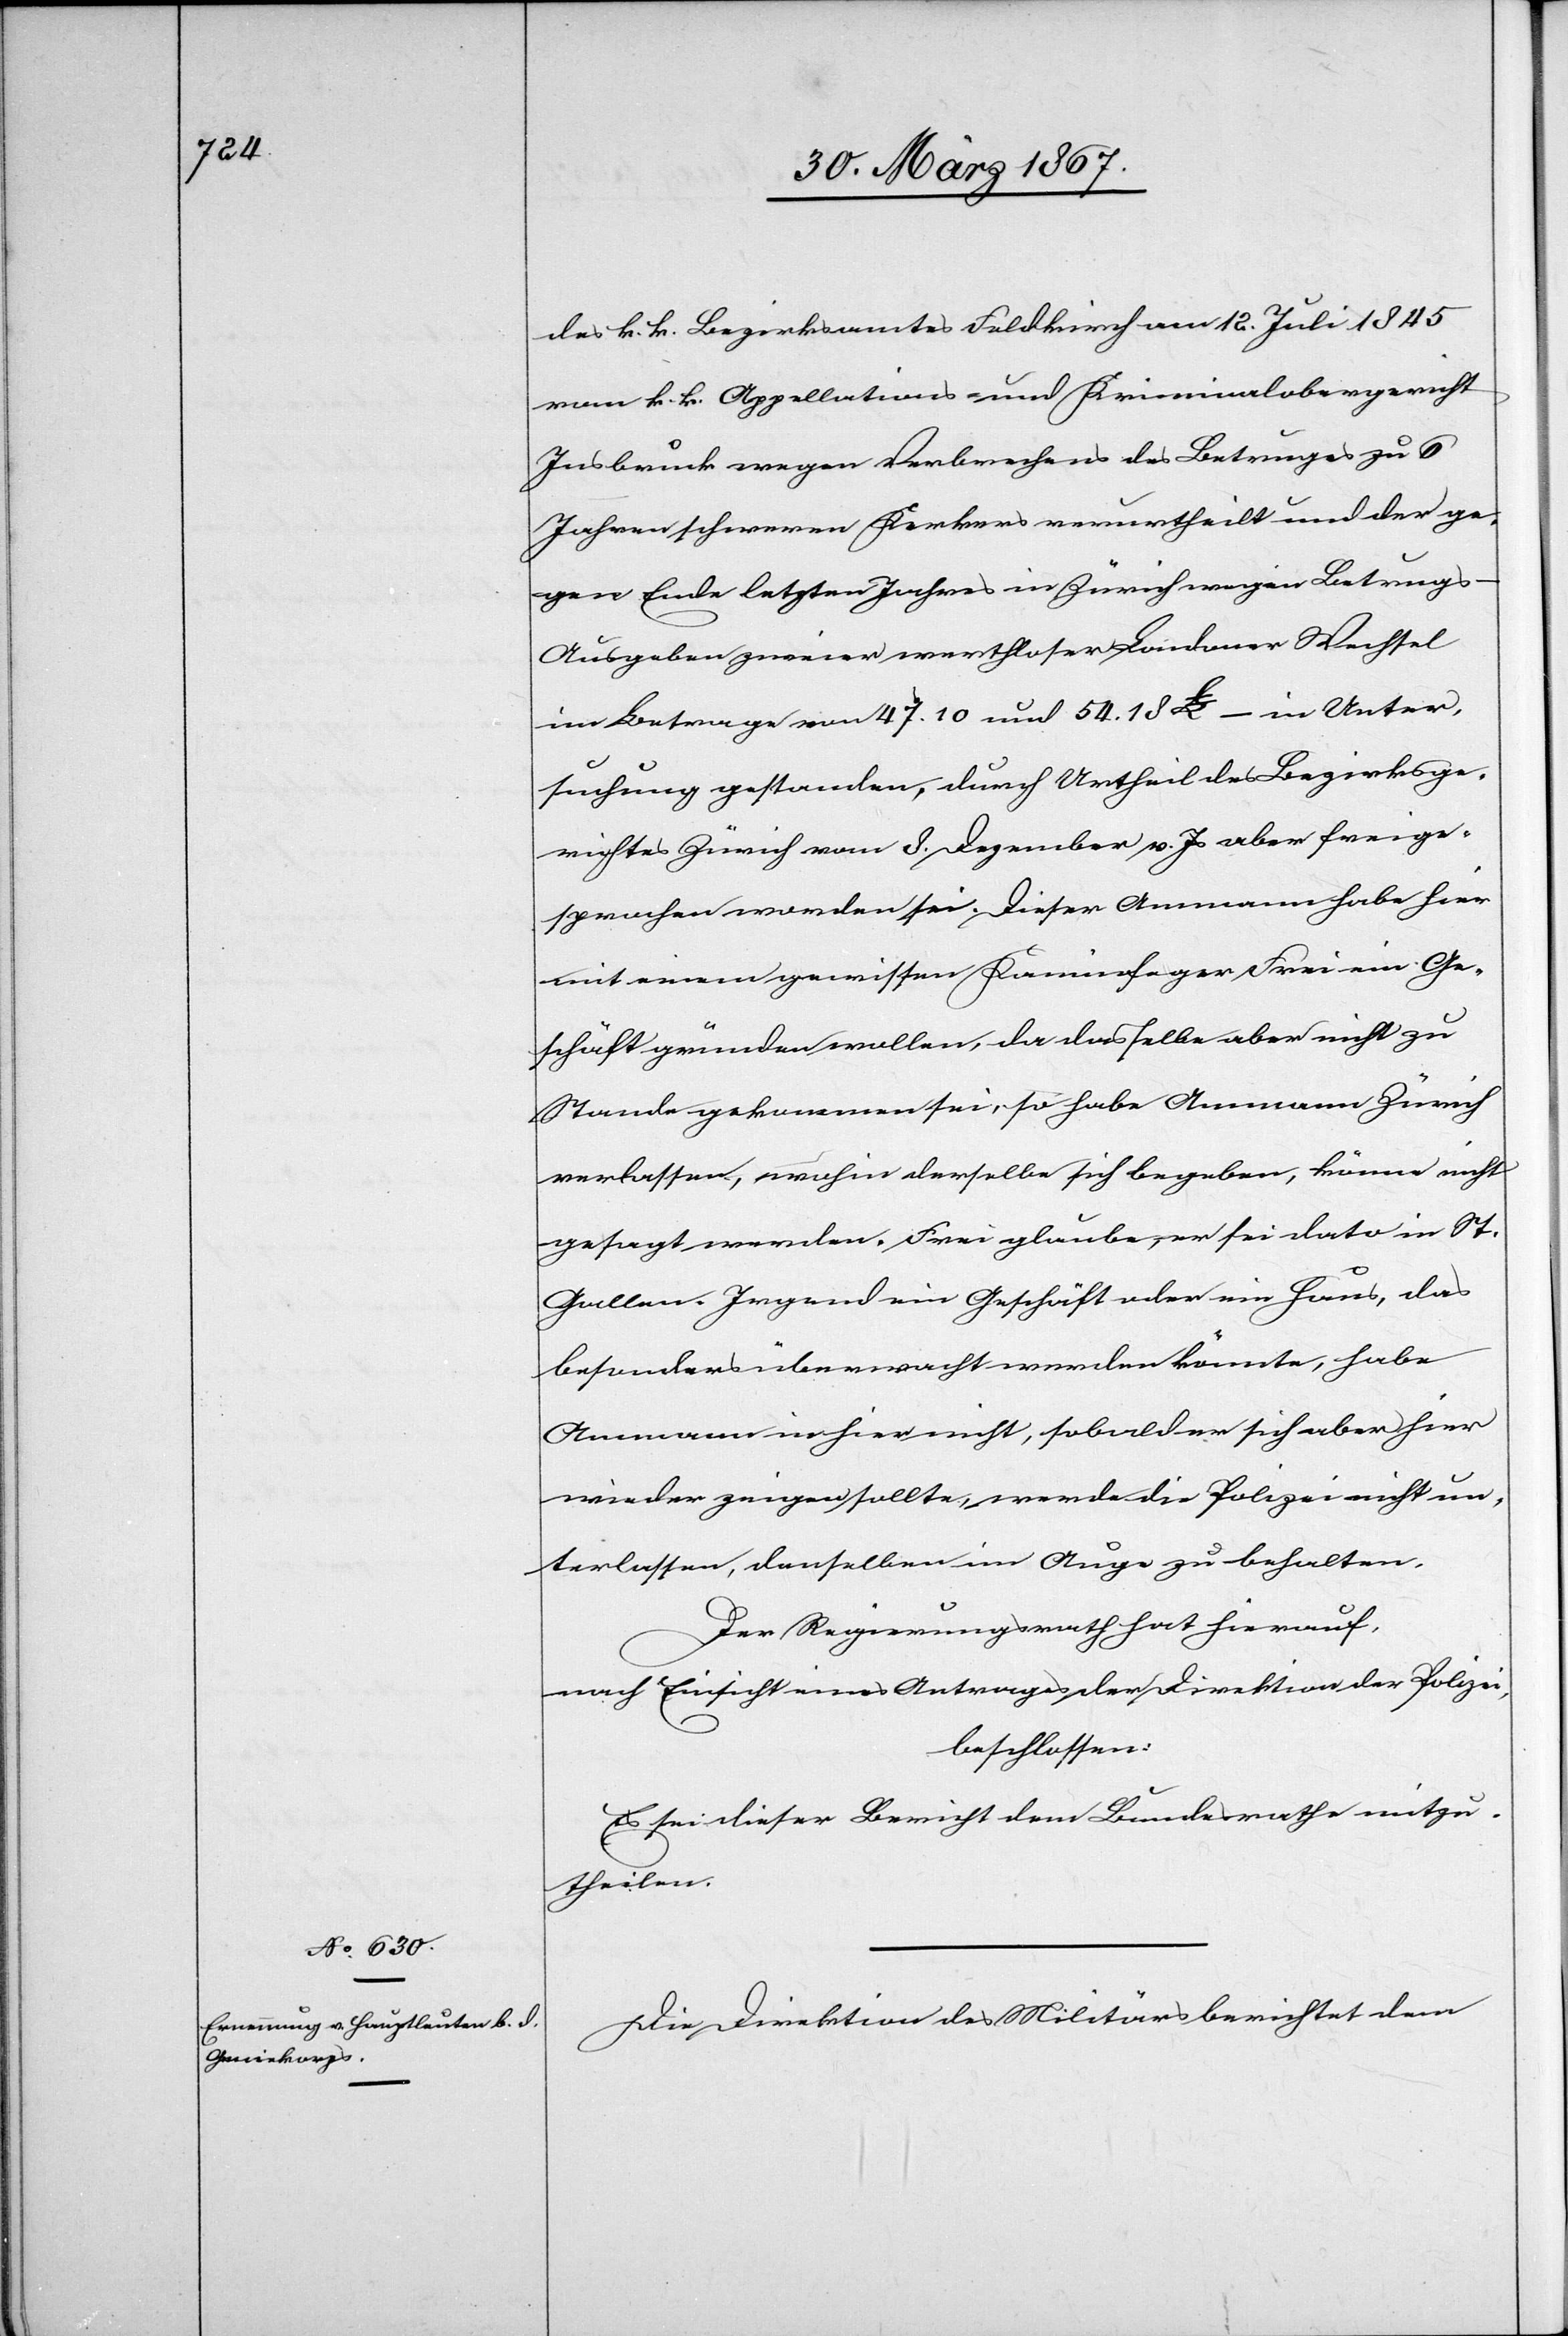
des k. k. Bezirksamtes Feldkirch am 12. Juli 1845
vom k. k. Appellations- und Kriminalobergericht
Insbruck wegen Verbrechens des Betruges zu 6
Jahren schweren Kerkers verurtheilt und der ge¬
gen Ende letzten Jahres in Zürich wegen Betrugs
Ausgaben zweier werthlosen Londoner Wechsel
im Betrage von 47.10 und 54.18 £ – in Unter¬
suchung gestanden, durch Urtheil des Bezirksge¬
richtes Zürich vom 8. Dezember v. Js aber freige¬
sprochen worden sei. Dieser Ammann habe hier
mit einem gewissen Kaminfeger Frei ein Ge¬
schäft gründen wollen, da dasselbe aber nicht zu
Stande gekommen sei, so habe Ammann Zürich
verlassen, wohin derselbe sich begeben, könne nicht
gesagt werden. Frei glaube, er sei dato in St.
Gallen. Irgend ein Geschäft oder ein Haus das
besonders überwacht werden könnte, habe
Ammann in hier nicht, sobald er sich aber hier
wieder zeigen sollte, werde die Polizei nicht un¬
terlassen, denselben im Auge zu behalten.
Der Regierungsrath hat hierauf,
nach Einsicht eines Antrages der Direktion der Polizei,
beschlossen:
Es sei dieser Bericht dem Bundesrathe mitzu¬
theilen.
Die Direktion des Militärs berichtet dem